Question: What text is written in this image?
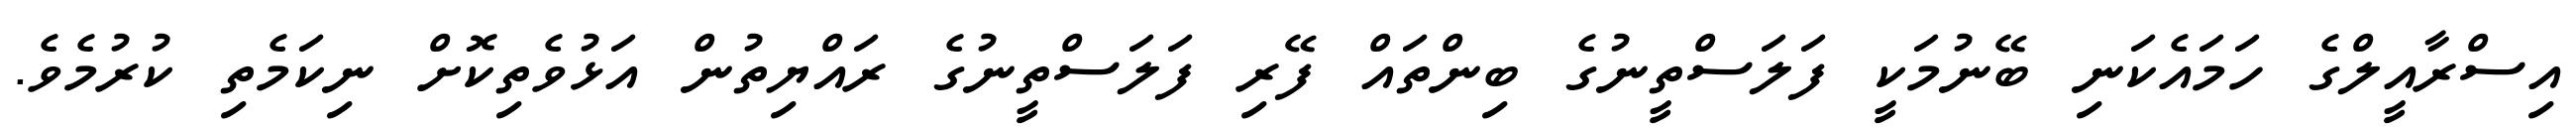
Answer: އިސްރާއީލްގެ ހަމައެކަނި ބޭނުމަކީ ފަލަސްތީނުގެ ބިންތައް ފޭރި ފަލަސްތީނުގެ ރައްޔިތުން އަޅުވެތިކޮށް ނިކަމެތި ކުރުމެވެ.